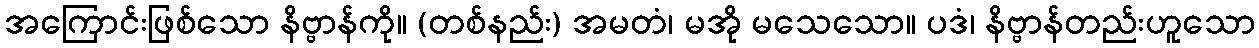
အကြောင်းဖြစ်သော နိဗ္ဗာန်ကို။ (တစ်နည်း) အမတံ၊ မအို မသေသော။ ပဒံ၊ နိဗ္ဗာန်တည်းဟူသော